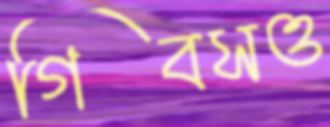
গিবসও